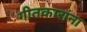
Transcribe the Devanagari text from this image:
गीतकारांना